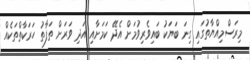
މިރަސްމިއްޔާތުގައި ގިނަ ބަޔަކު ބައިވެރިވުމަށް އެދޭ ކަމަށާއި އަދި ވަރަށް ތަފާތު ހަރަކާތްތަކެއް